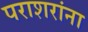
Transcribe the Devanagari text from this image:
पराशरांना